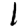
Digit: 1